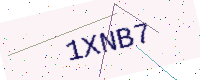
Text: 1XNB7